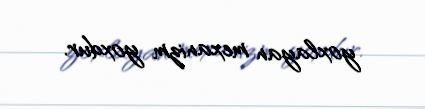
yoxlayan mexanizm yoxdur.